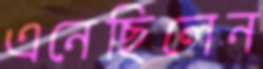
এনেছিলেন